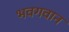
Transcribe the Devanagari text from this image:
भवगवान